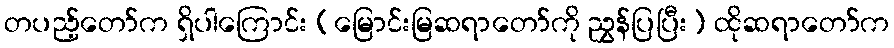
တပည့်တော်က ရှိပါကြောင်း (မြောင်းမြဆရာတော်ကို ညွှန်ပြပြီး) ထိုဆရာတော်က